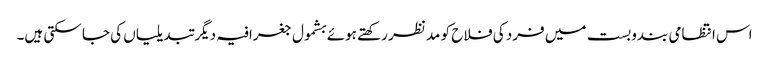
اس انتظامی بندوبست میں فرد کی فلاح کو مد نظر رکھتے ہوئے بشمول جغرافیہ دیگر تبدیلیاں کی جا سکتی ہیں۔